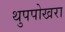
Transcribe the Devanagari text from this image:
थुपपोखरा